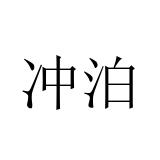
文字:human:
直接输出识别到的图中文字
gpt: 冲泊